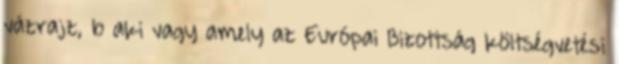
vázrajz, b aki vagy amely az Európai Bizottság költségvetési